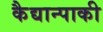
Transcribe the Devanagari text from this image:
कैद्यान्पाकी